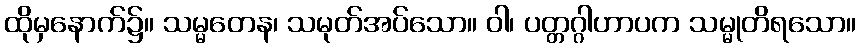
ထိုမှနောက်၌။ သမ္မတေန၊ သမုတ်အပ်သော။ ဝါ၊ ပတ္တဂ္ဂါဟာပက သမ္မုတိရသော။